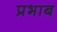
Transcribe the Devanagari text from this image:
प्रभाब